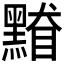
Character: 𪑥